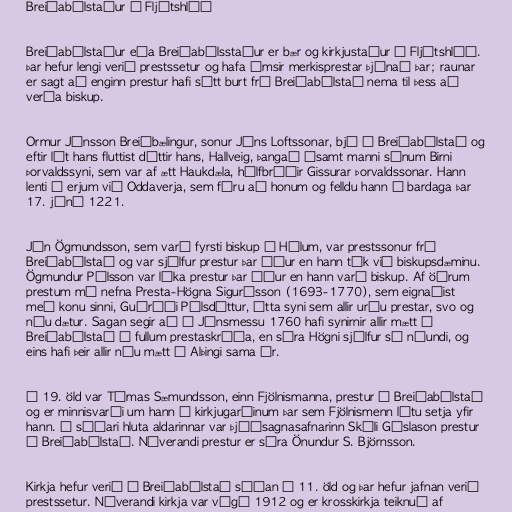
Breiðabólstaður í Fljótshlíð

Breiðabólstaður eða Breiðabólsstaður er bær og kirkjustaður í Fljótshlíð.
Þar hefur lengi verið prestssetur og hafa ýmsir merkisprestar þjónað þar; raunar
er sagt að enginn prestur hafi sótt burt frá Breiðabólstað nema til þess að
verða biskup.

Ormur Jónsson Breiðbælingur, sonur Jóns Loftssonar, bjó á Breiðabólstað og
eftir lát hans fluttist dóttir hans, Hallveig, þangað ásamt manni sínum Birni
Þorvaldssyni, sem var af ætt Haukdæla, hálfbróðir Gissurar Þorvaldssonar. Hann
lenti í erjum við Oddaverja, sem fóru að honum og felldu hann í bardaga þar
17. júní 1221.

Jón Ögmundsson, sem varð fyrsti biskup á Hólum, var prestssonur frá
Breiðabólstað og var sjálfur prestur þar áður en hann tók við biskupsdæminu.
Ögmundur Pálsson var líka prestur þar áður en hann varð biskup. Af öðrum
prestum má nefna Presta-Högna Sigurðsson (1693-1770), sem eignaðist
með konu sinni, Guðríði Pálsdóttur, átta syni sem allir urðu prestar, svo og
níu dætur. Sagan segir að á Jónsmessu 1760 hafi synirnir allir mætt á
Breiðabólstað í fullum prestaskrúða, en séra Högni sjálfur sá níundi, og
eins hafi þeir allir níu mætt á Alþingi sama ár.

Á 19. öld var Tómas Sæmundsson, einn Fjölnismanna, prestur á Breiðabólstað
og er minnisvarði um hann í kirkjugarðinum þar sem Fjölnismenn létu setja yfir
hann. Á síðari hluta aldarinnar var þjóðsagnasafnarinn Skúli Gíslason prestur
á Breiðabólstað. Núverandi prestur er séra Önundur S. Björnsson.

Kirkja hefur verið á Breiðabólstað síðan á 11. öld og þar hefur jafnan verið
prestssetur. Núverandi kirkja var vígð 1912 og er krosskirkja teiknuð af